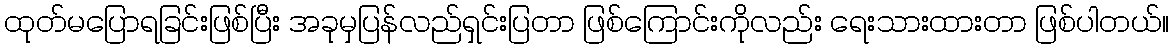
ထုတ်မပြောရခြင်းဖြစ်ပြီး အခုမှပြန်လည်ရှင်းပြတာ ဖြစ်ကြောင်းကိုလည်း ရေးသားထားတာ ဖြစ်ပါတယ်။